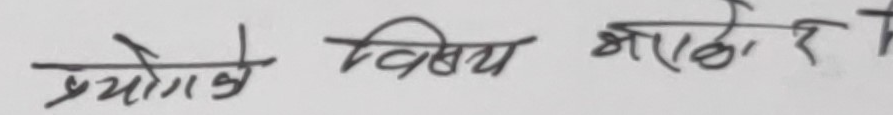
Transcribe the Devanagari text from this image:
प्रयोगे विषय भागेर